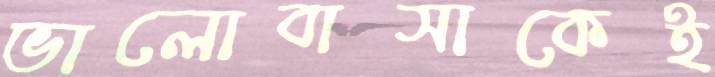
ভালোবাসাকেই